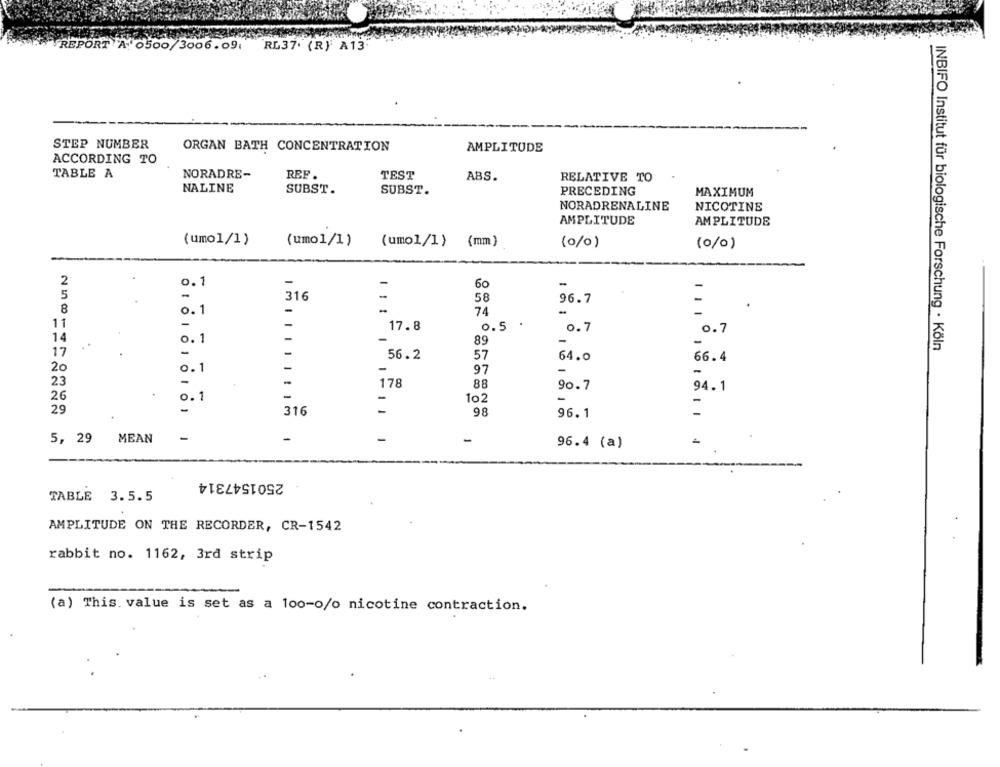
REPORT A. 0500/3006.09. RL37. (R) A13
STEP NUMBER
ORGAN BATH CONCENTRATION
AMPLITUDE
ACCORDING TO
TABLE A
NORADRE-
REF .
TEST
ABS.
RELATIVE TO
NALINE
SUBST.
SUBST.
PRECEDING
MAXIMUM
NORADRENALINE
NICOTINE
AMPLITUDE
AMPLITUDE
(umo1/1)
(umo1/1)
(umol/]}
(mm)
(0/0)
(0/0)
2
0.1
-
60
5
316
-
58
96.7
-
8
0.1
-
74
11
-
-
17.8
0.5
.
0.7
0.7
14
0. 1
89
-
INBIFO Institut für biologische Forschung · Köln
17
-
56.2
57
64.0
66.4
20
-
-
0.1
97
-
23
178
88
-
90.7
94.1
26
0.1
-
102
-
29
-
316
98
96.1
-
-
-
5, 29
MEAN
-
96.4 (a)
2501547314
TABLE 3.5.5
AMPLITUDE ON THE RECORDER, CR-1542
rabbit no. 1162, 3rd strip
(a) This. value is set as a 100-0/o nicotine contraction.